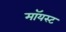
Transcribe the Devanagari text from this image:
मॉयस्ट